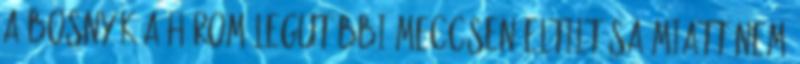
a bosnyák a három legutóbbi meccsen eltiltása miatt nem